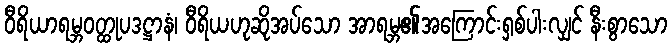
ဝီရိယာရမ္ဘဝတ္ထုပဒဋ္ဌာနံ၊ ဝီရိယဟုဆိုအပ်သော အာရမ္ဘ၏အကြောင်းရှစ်ပါးလျှင် နီးစွာသော